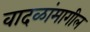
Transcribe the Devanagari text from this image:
वादळांमागील